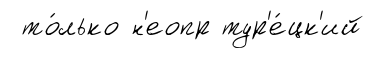
то́лько н'еопр тур'е́цк'ий